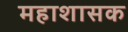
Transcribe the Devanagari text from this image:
महाशासक